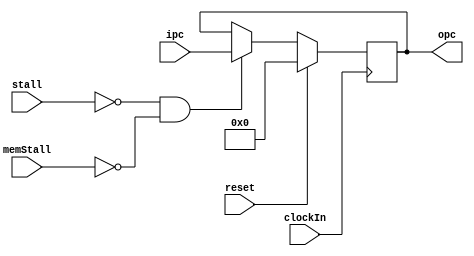
module pcBuf(
            clockIn,
            reset,
            stall,
            ipc,
            opc,
            memStall
            );
input stall;
input clockIn;
input reset;
input [31:0] ipc;
output [31:0] opc;
reg [31:0] opc;
input memStall;

always @(posedge clockIn)
begin
  if (reset)
    opc <= 0;
  else if (~stall && ~memStall)
    opc <= ipc;
end

endmodule